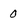
Character: o